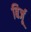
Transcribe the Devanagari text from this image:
बिर्जू